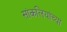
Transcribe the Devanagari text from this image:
सांकलियांच्या